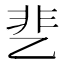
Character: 㐟